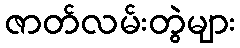
ဇာတ်လမ်းတွဲများ